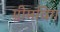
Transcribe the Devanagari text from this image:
ग्रीमविग